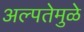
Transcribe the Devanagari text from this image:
अल्पतेमुळे